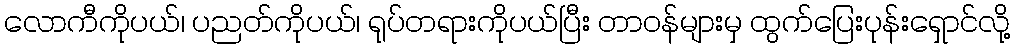
လောကီကိုပယ်၊ ပညတ်ကိုပယ်၊ ရုပ်တရားကိုပယ်ပြီး တာဝန်များမှ ထွက်ပြေးပုန်းရှောင်လို့